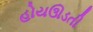
હોયઊડતી